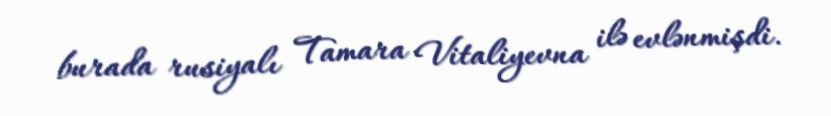
burada rusiyalı Tamara Vitaliyevna ilə evlənmişdi.